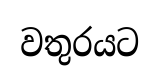
වතුරයට